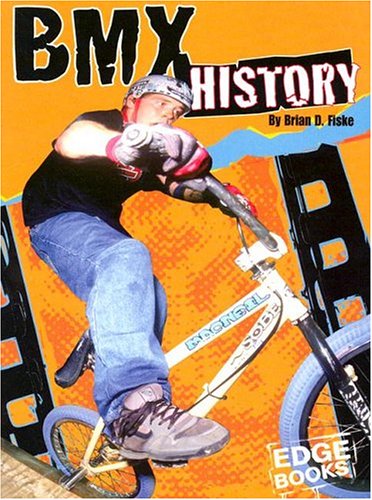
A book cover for BMX History (BMX Extreme); Brian D. Fiske; Children's Books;